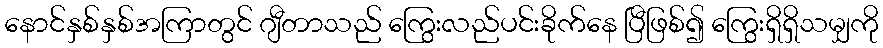
နောင်နှစ်နှစ်အကြာတွင် ဂျီတာသည် ကြွေးလည်ပင်းခိုက်နေ ပြီဖြစ်၍ ကြွေးရှိရှိသမျှကို